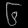
Digit: ၆